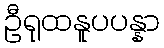
ဦရုထနူပပန္နာ